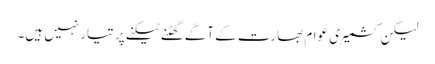
لیکن کشمیری عوام بھارت کے آگے گھٹنے ٹیکنے پر تیار نہیں ہیں۔